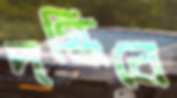
দগ্ধিবে